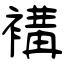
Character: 褠